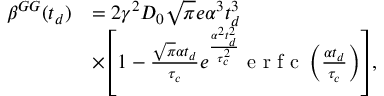
\begin{array} { r l } { \beta ^ { G G } ( t _ { d } ) } & { = 2 \gamma ^ { 2 } D _ { 0 } \sqrt { \pi } e \alpha ^ { 3 } t _ { d } ^ { 3 } } \\ & { \times \left[ 1 - \frac { \sqrt { \pi } \alpha t _ { d } } { \tau _ { c } } e ^ { \frac { \alpha ^ { 2 } t _ { d } ^ { 2 } } { \tau _ { c } ^ { 2 } } } \textrm { e r f c } \left( \frac { \alpha t _ { d } } { \tau _ { c } } \right) \right] , } \end{array}